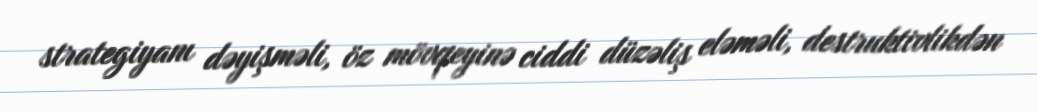
strategiyanı dəyişməli, öz mövqeyinə ciddi düzəliş eləməli, destruktivlikdən